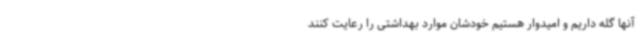
آنها گله داریم و امیدوار هستیم خودشان موارد بهداشتی را رعایت کنند